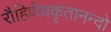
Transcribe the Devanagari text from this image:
रौहिणेयकृतानन्दो